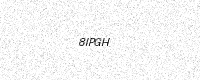
Text: 8IPGH